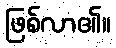
ဖြစ်လာ၏။